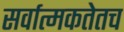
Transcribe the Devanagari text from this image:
सर्वात्मकतेतच